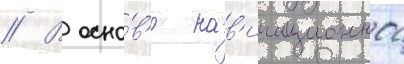
// В осно́в'е нав'игационнои